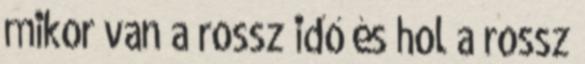
mikor van a rossz idő és hol a rossz